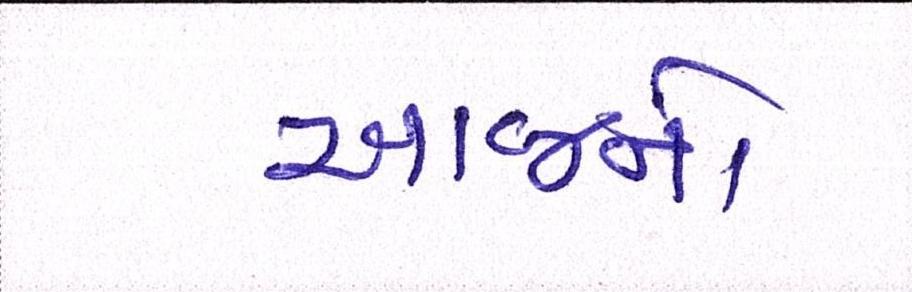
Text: આજનો